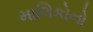
માલિકોનો